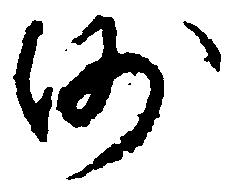
沙